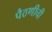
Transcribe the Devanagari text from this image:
पैठणीची